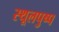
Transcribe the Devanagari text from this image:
स्थूलपुष्प